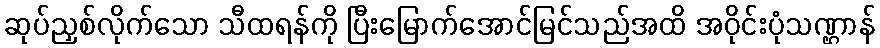
ဆုပ်ညှစ်လိုက်သော သီထရန်ကို ပြီးမြောက်အောင်မြင်သည်အထိ အဝိုင်းပုံသဏ္ဌာန်